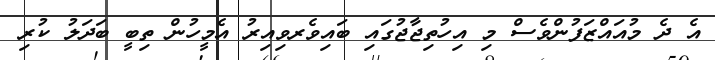
އެ ދެ މުއައްޒަފުންވެސް މި އިހުތިޖާޖުގައި ބައިވެރވިއިރު އެމީހުން ތިބީ ބަދަލު ކުރި